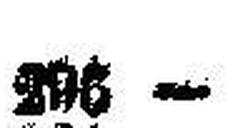
295 —